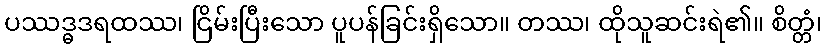
ပဿဒ္ဓဒရထဿ၊ ငြိမ်းပြီးသော ပူပန်ခြင်းရှိသော။ တဿ၊ ထိုသူဆင်းရဲ၏။ စိတ္တံ၊